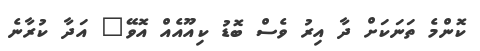
ކޮންމެ ތަނަކަށް ދާ އިރު ވެސް ބޮޑު ކިއޫއެއް އޮވޭ" އަދާ ކުރާނެ